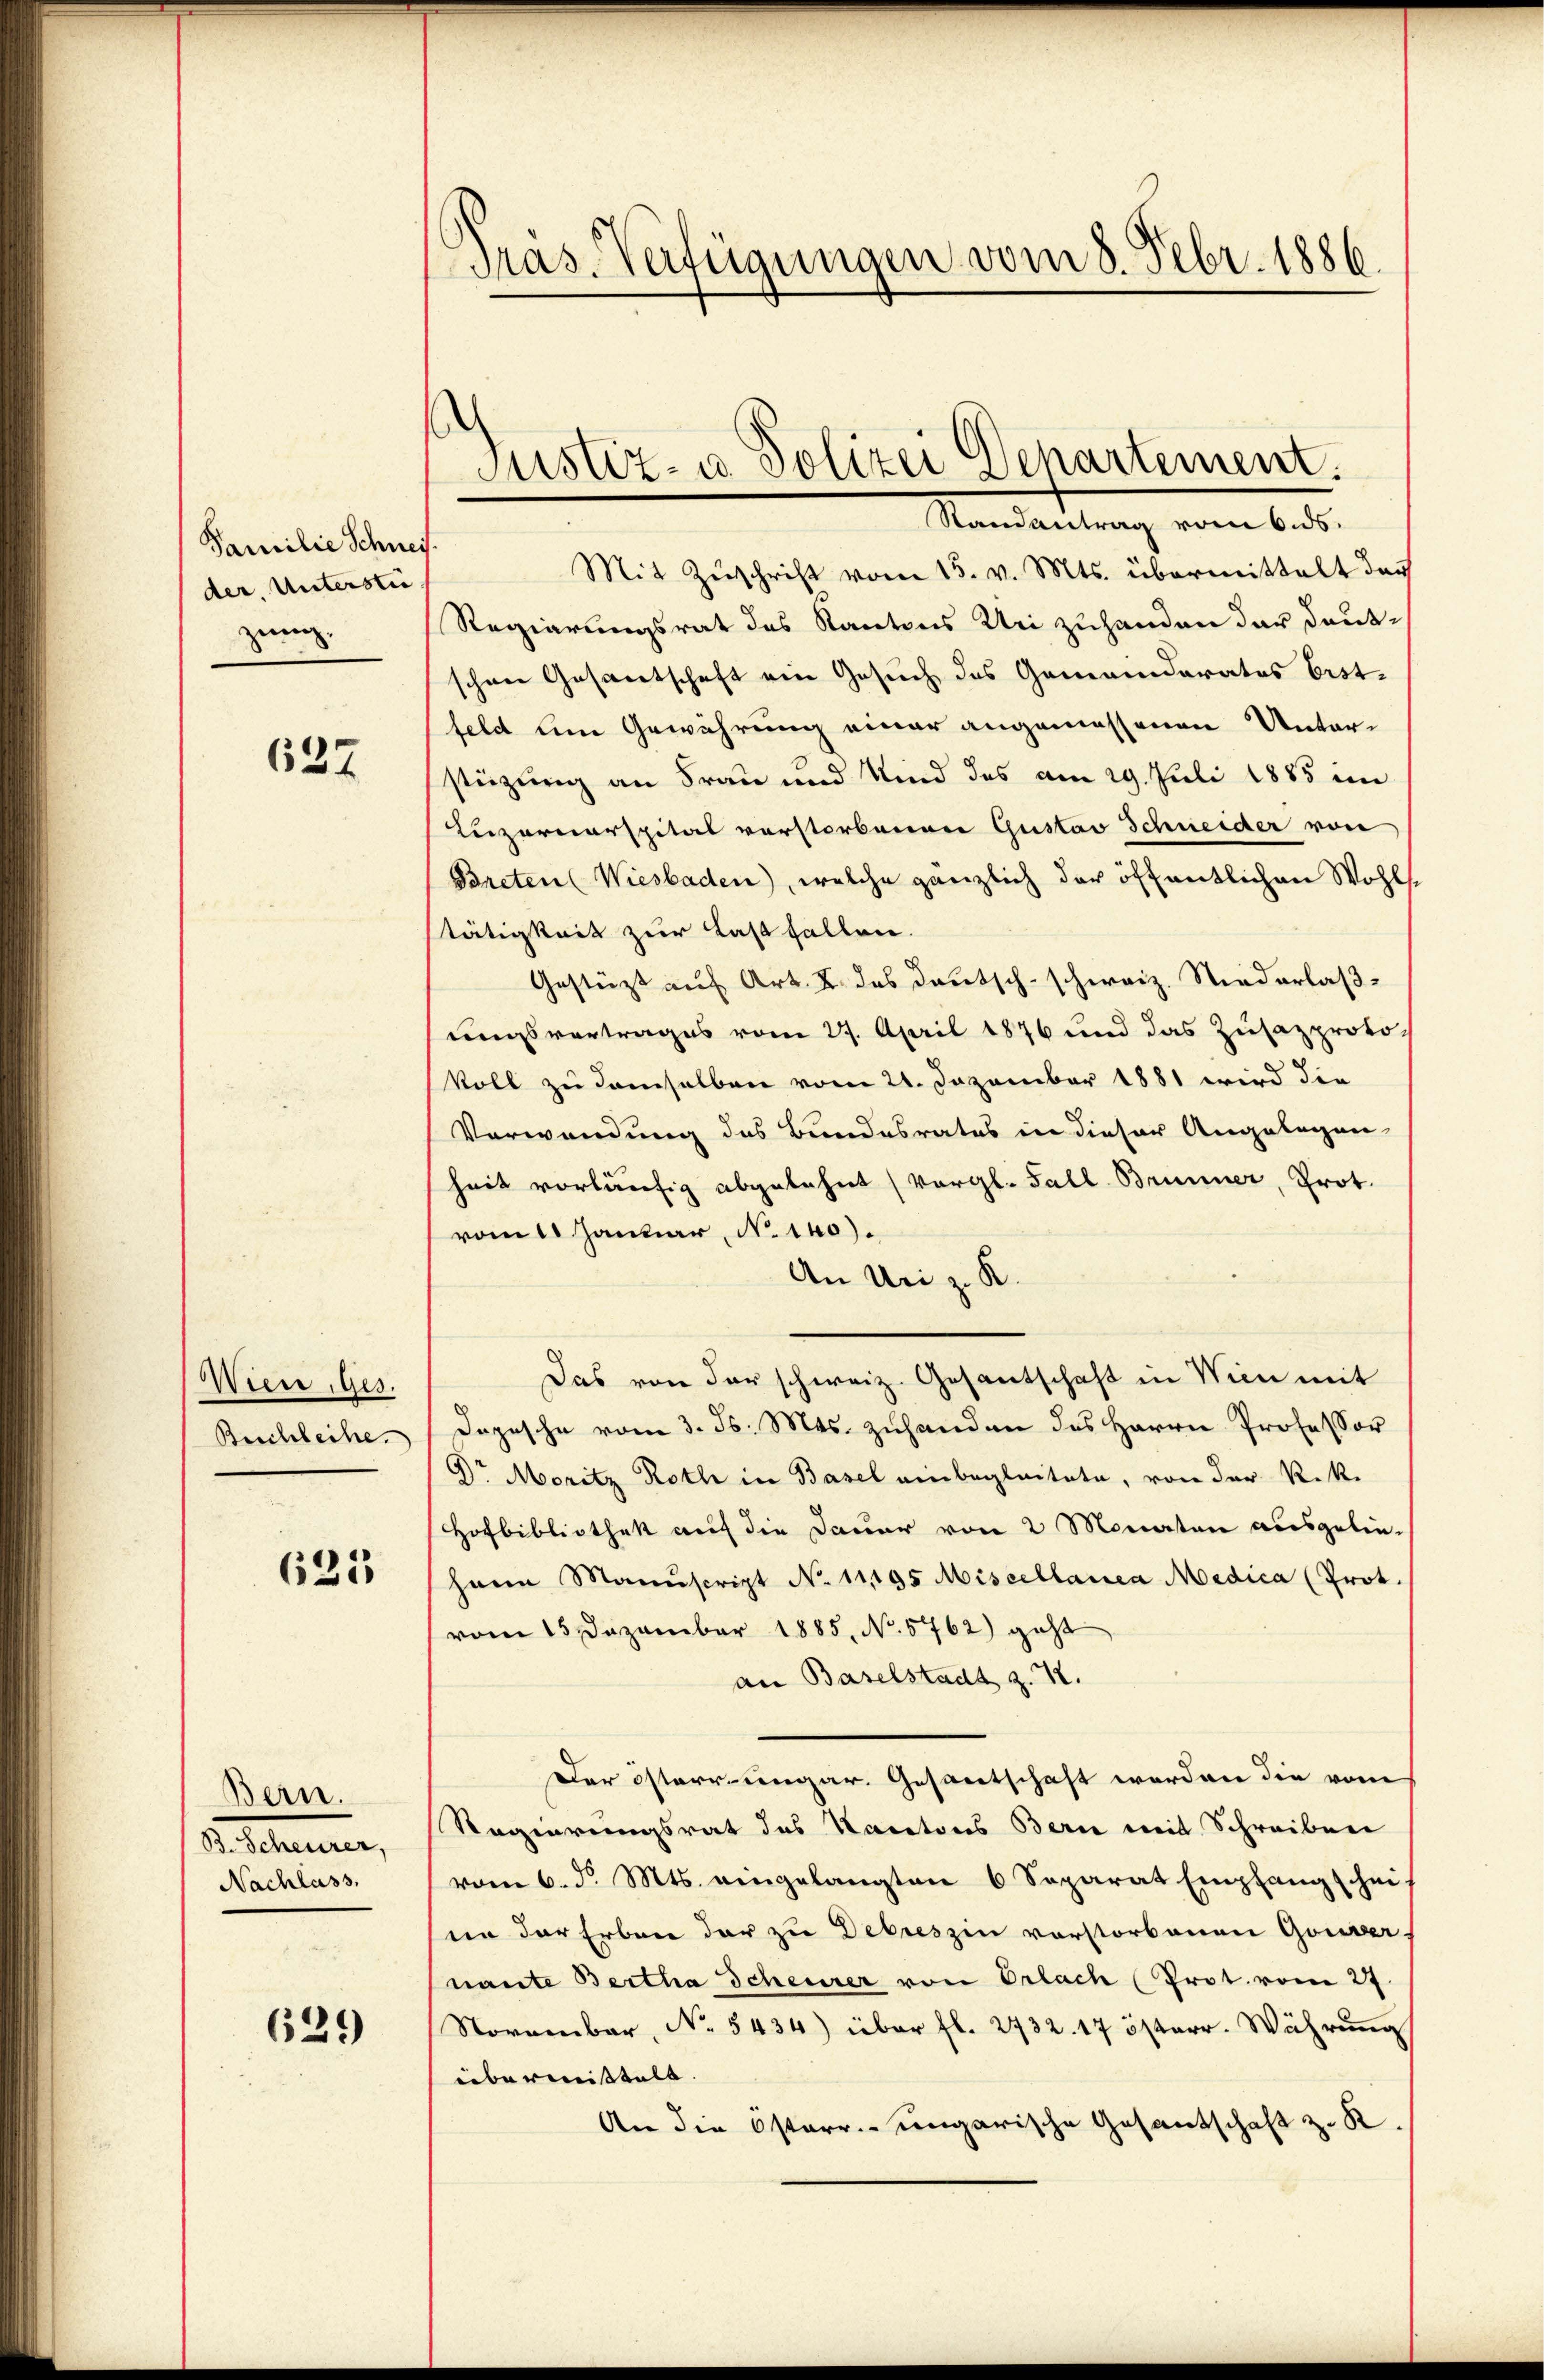
Familie Schneis.
der, Untersti
zung,

622

Wien Ges.
Beschleihe.

623

Bern.
B. Scheurer,
Nachlass

629

Pras. Verfügungen vom 8. Febr. 1886.

Justiz- u Polizei Departement.
Randantrag vom 6. ds.

Mit Zŭschrift vom 15. v. Mts. übermittelt das
Regierungsrat des Kantons Uri zuhanden der deutschen Gesantschaft ein Gesuch des Gemeinderates Erstfeld um Gewährung einer angemessenen Unterstüzung an Frau und Kind des am 29. Juli 1885 im
Leizornerspital verstorbenen Gustav Schneider von
Preten (Wiesbaden), welche gänzlich der öffentlichen Wohlstätigkeit zur Last fallen.
Gestützt auf Art. 2. das Deutsch-schweiz. Niederlaßungsvertrages vom 27. April 1876 und das Zusazprotokoll zu demselben vom 21. Dezember 1881 wird die
Verwendung des Bundesrates in dieser Angelegen-
heit vorläufig abgelehnt (vergl. Fall Brunner, Prot.
vom 1 Januar, No. 140).
An Uri z. K.
Das von der schweiz. Gesantschaft in Wien mit
Dopische vom 3. ds. Mts. zuhanden des Herrn Professor
Dr Moritz Roth in Basel einbegleitete, von der k.k.
Hofbibliothek auf die Dauer von 2 Monaten ausgelie-
hann Manuscript No 11195 Miscellanea Medica (Prot.
vom 15 Dezember 1885. No. 5762) geht
an Baselstadt z. Z.
Der österrungar. Gesandtschaft werden die vom
Regierungsrat des Nacatons Berne mit Schreiben
vom 6. d. Mts. eingelangten 6 Separat Empfangschei
en der Erben der zu Debreszin vorstorbenen Gouver
nante Bertha Scheuer von Erlach (Prot. vom 27
November, No. 5434) über fl. 2732. 17 österr. Währŭng
übermittelt.
An die Osterr. ungarische Gesantschaft z. K